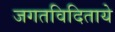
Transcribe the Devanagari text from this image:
जगतविदिताये